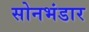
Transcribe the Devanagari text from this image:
सोनभंडार